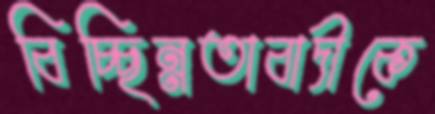
বিচ্ছিন্নতাবাদীকে